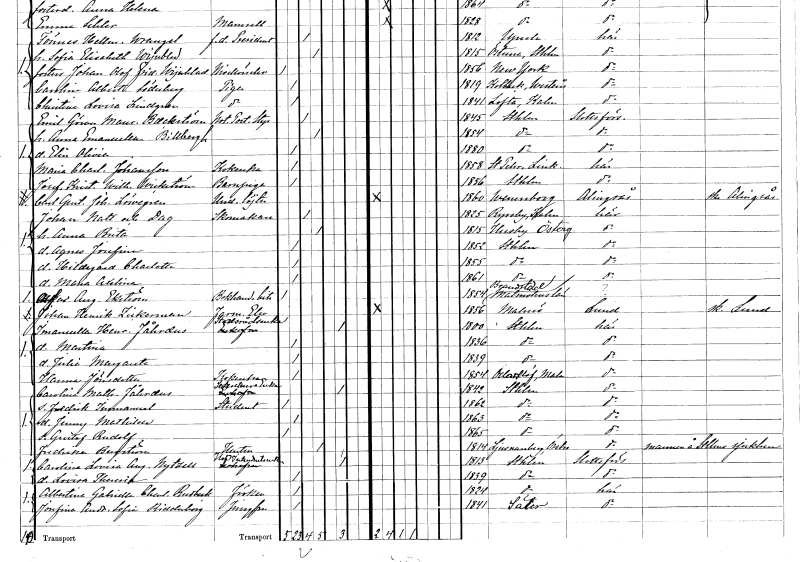
gt_parse: households: individuals: FN: Emil Göran Mauritz
EN: Baeckström
YRKE: Notarie vid poststyrelsen
KON: M
CIV: G
FODAR: 1845
FODFORS: Stockholm
FN: Anna Emanuella
EN: Billbergh
KON: K
CIV: G
FODAR: 1854
FODFORS: Stockholm
FN: Elin Olivia
KON: K
CIV: O
FODAR: 1880
FODFORS: Stockholm
FN: Maria Charlotta
EN: Johansson
YRKE: Kokerska
KON: K
CIV: O
FODAR: 1858
FODFORS: Sankt Per Vadstena Östergötlands län
FN: Josefina Kristina Wilhelmina
EN: Wickström
YRKE: Barnpiga
KON: K
CIV: O
FODAR: 1856
FODFORS: Stockholm
FN: Carl Gustaf Johan
EN: Löwegren
YRKE: Underlöjtnant
KON: M
CIV: O
FODAR: 1860
FODFORS: Vänersborg Älvsborgs län
FN: Johan
EN: Natt och Dag
YRKE: Skomakare
KON: M
CIV: G
FODAR: 1825
FODFORS: Ryssby Kalmar län
FN: Anna Brita
KON: K
CIV: G
FODAR: 1815
FODFORS: Husby Östergötlands län
FN: Agnes Josefina
KON: K
CIV: O
FODAR: 1852
FODFORS: Stockholm
FN: Hildegard Charlotta
KON: K
CIV: O
FODAR: 1855
FODFORS: Stockholm
FN: Maria Axelina
KON: K
CIV: O
FODAR: 1861
FODFORS: Stockholm
FN: Alfred August
EN: Ekström
YRKE: Bokhandelsbiträde
KON: M
CIV: O
FODAR: 1854
FODFORS: Brandstad Malmöhus län
FN: Johan Henrik
EN: Zickerman
YRKE: Farmaceutelev
KON: M
CIV: O
FODAR: 1856
FODFORS: Malmö Malmöhus län
FN: Imanuella Henrietta
EN: Fåhraeus
YRKE: Stadsrådsänka
KON: K
CIV: E
FODAR: 1800
FODFORS: Stockholm
FN: Martina
KON: K
CIV: O
FODAR: 1836
FODFORS: Stockholm
FN: Julia Margareta
KON: K
CIV: O
FODAR: 1839
FODFORS: Stockholm
FN: Hanna
EN: Jönsdotter
YRKE: Kokerska
KON: K
CIV: O
FODAR: 1854
FODFORS: Odarslöv Malmöhus län
FN: Carolina Mathilda
EN: Fåhraeus
YRKE: Sekreterareänka
KON: K
CIV: E
FODAR: 1842
FODFORS: Stockholm
FN: Fredrik Immanuel
YRKE: Student
KON: M
CIV: O
FODAR: 1862
FODFORS: Stockholm
FN: Jenny Mathilda
KON: K
CIV: O
FODAR: 1863
FODFORS: Stockholm
FN: Gustaf Rudolf
KON: M
CIV: O
FODAR: 1865
FODFORS: Stockholm
FN: Fredrika
EN: Bergström
YRKE: Hustru
KON: K
CIV: G
FODAR: 1814
FODFORS: Ljusnarsberg Örebro län
FN: Carolina Lovisa Augusta
EN: Nytzell
YRKE: Hovintendentsänka
KON: K
CIV: E
FODAR: 1813
FODFORS: Stockholm
FN: Lovisa Theresia
KON: K
CIV: O
FODAR: 1839
FODFORS: Stockholm
FN: Albertina Gabriella Charlotta
EN: Rudbeck
KON: K
CIV: O
FODAR: 1824
FODFORS: Stockholm
FN: Josefina Andrietta Sofia
EN: Ridderborg
YRKE: Jungfru
KON: K
CIV: O
FODAR: 1841
FODFORS: Säter Kopparbergs län